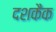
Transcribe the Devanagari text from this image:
दशकैक